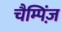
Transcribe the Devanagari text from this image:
चैम्पिंज़